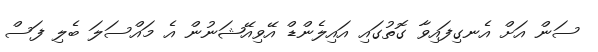
ސަން އަށް އެނގިފައިވާ ގޮތުގައި އައިލެންޑް އޭވިއޭޝަނުން އެ މައްސަލަ ބެލި ފަސް